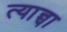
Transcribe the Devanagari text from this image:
त्यान्चा